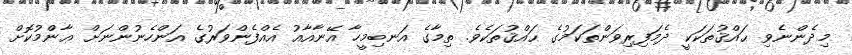
މިދެންނެވި ޙައްޤުތަކަކީ ދެމަފިރިވަންތަކަމުގެ ޙައްޤުތަކެވެ. ތިމާގެ އަނބިމީހާ އޭނާއާއު އެއްފެންވަރުގެ އަންހެނުންނަށް ޢާންމުކޮށް